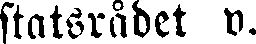
statsrådet v.